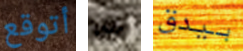
أتوقع كل بيدق